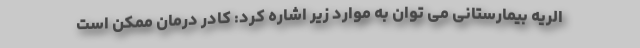
الریه بیمارستانی می توان به موارد زیر اشاره کرد: کادر درمان ممکن است